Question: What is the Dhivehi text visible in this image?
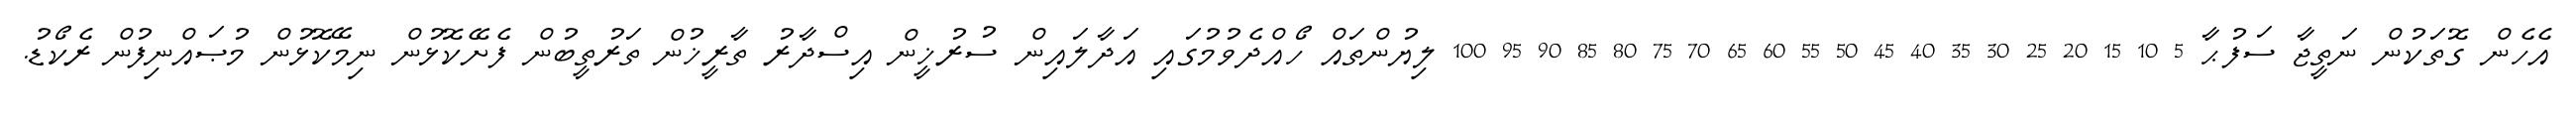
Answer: އެހެން ގޮތަކުން ނަތީޖާ ސަފުޙާ 5 10 15 20 25 30 35 40 45 50 55 60 65 70 75 80 85 90 95 100 ލިޔުންތައް ހޯއްދެވުމުގައި އަދާލައިން ސުރުޚީން އިސްދާރު ތާރީޚުން ތަރުތީބުން ފެށޭކޮޅުން ނިމޭކޮޅުން މުޞައްނިފުން ރެކޯޑު.